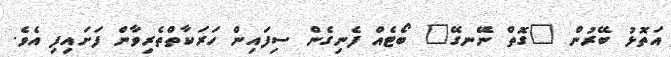
އަތޮޅު ބޭރުން "ގޮތް ނޭނގޭ" ބޯޓެއް ފެނިގެން ސިފައިން ހަރަކާތްތެރިވާން ފަށައިފި އެވެ.